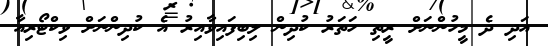
އަދި ދެ މީހުންނަށް ރީތި ހަތަރު ކުދިން ލިބިފައިވާއިރު އެ ކުދިންނަށް ވިކްޓޯރިއާ